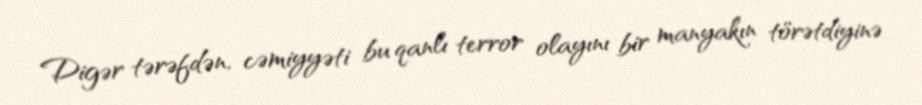
Digər tərəfdən, cəmiyyəti bu qanlı terror olayını bir manyakın törətdiyinə